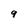
Character: 9